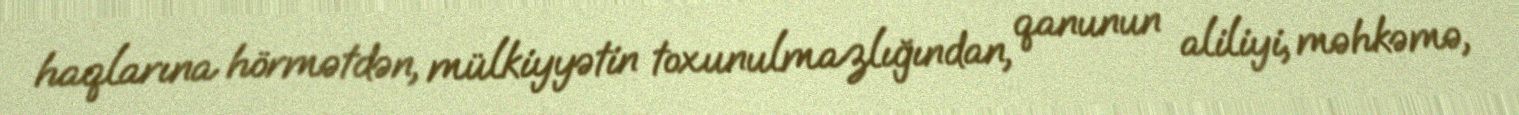
haqlarına hörmətdən, mülkiyyətin toxunulmazlığından, qanunun aliliyi, məhkəmə,